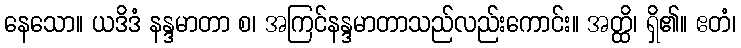
နေသော။ ယဒိဒံ နန္ဒမာတာ စ၊ အကြင်နန္ဒမာတာသည်လည်းကောင်း။ အတ္ထိ၊ ရှိ၏။ ဧတံ၊